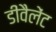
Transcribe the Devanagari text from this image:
डीवैलेंट